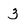
Character: 3